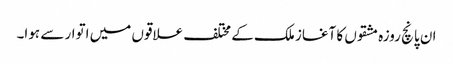
ان پانچ روزہ مشقوں کا آغاز ملک کے مختلف علاقوں میں اتوار سے ہوا۔